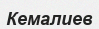
Кемалиев